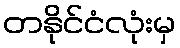
တနိုင်ငံလုံးမှ